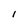
Character: 1